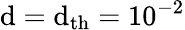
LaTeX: \mathrm{d}=\mathrm{d}_{\mathrm{{th}}}=10^{-2}